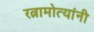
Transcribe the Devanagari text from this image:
रत्नामोत्यांनी